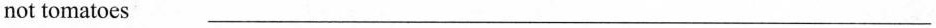
not tomatoes___